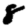
Digit: 8